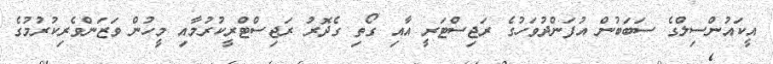
އީކައުންސިލްގެ ސަބަބުން އުފަންދުވަހުގެ ރަޖިސްޓަރީ އާއި ގޯތި ގެދޮރު ރަޖިސްޓްރީކުރުމާއި މީހުން ވަޒަންވެރިކުރުމުގެ